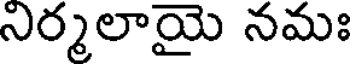
నిర్మలాయై నమః